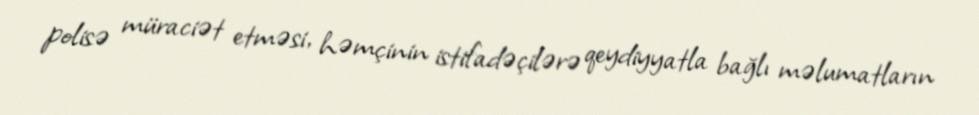
polisə müraciət etməsi, həmçinin istifadəçilərə qeydiyyatla bağlı məlumatların